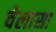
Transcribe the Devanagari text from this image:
वेलासा